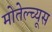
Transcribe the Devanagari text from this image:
मोतेल्च्यूस